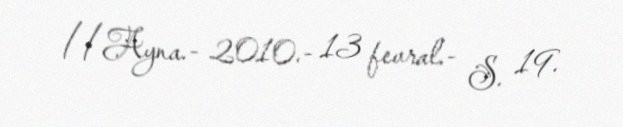
//Ayna.- 2010.- 13 fevral.- S. 19.